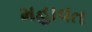
મહાવત